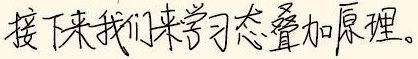
接下来我们来学习态叠加原理。